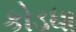
કોડધા